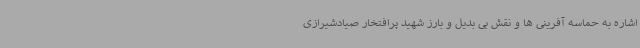
اشاره به حماسه آفرینی ها و نقش بی بدیل و بارز شهید پرافتخار صیادشیرازی